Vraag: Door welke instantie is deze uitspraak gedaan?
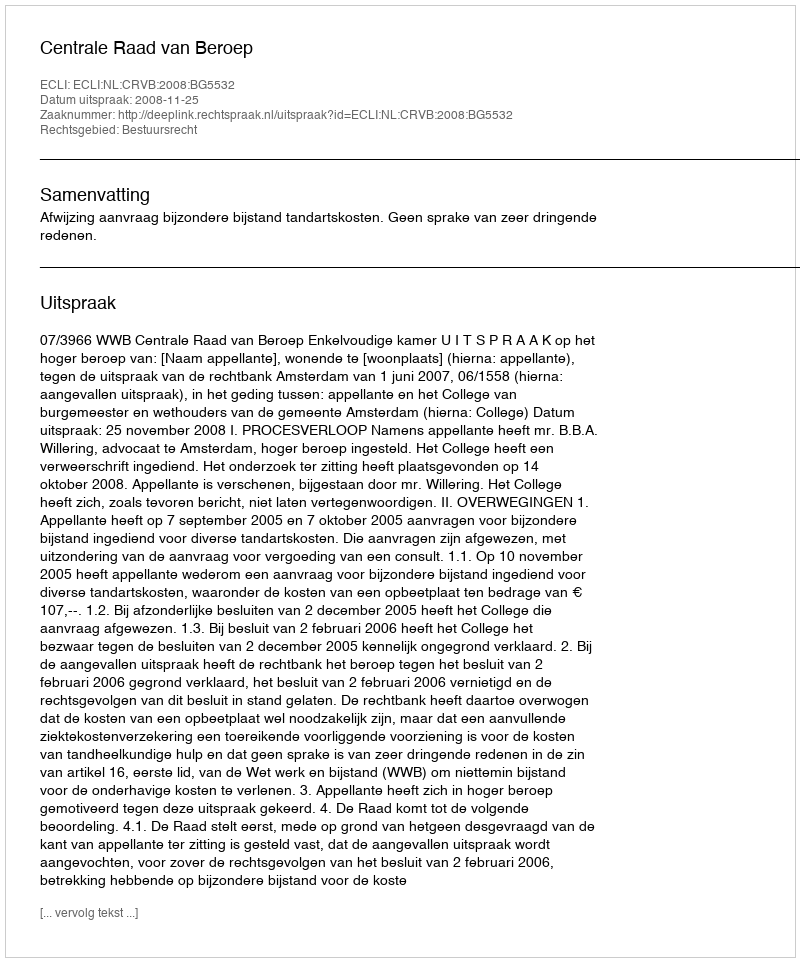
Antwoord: Centrale Raad van Beroep